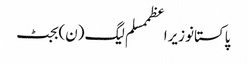
پاکستانوزیراعظممسلم لیگ (ن)بجٹ